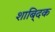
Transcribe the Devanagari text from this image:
शाबि्दक